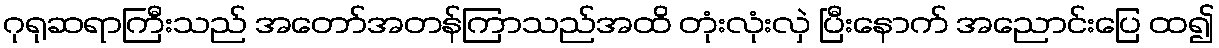
ဂုရုဆရာကြီးသည် အတော်အတန်ကြာသည်အထိ တုံးလုံးလှဲ ပြီးနောက် အညောင်းပြေ ထ၍